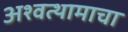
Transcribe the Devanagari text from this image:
अश्वत्थामाचा